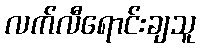
လက်လီရောင်းချသူ